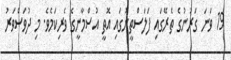
19 ވަނަ ގަރުނުގެ ތެރޭގައި ފަލަސްތީނުގައި އޮތީ އުސްމާނީގެ ވެރިކަމެވެ. މި ދުވަސްވަރު